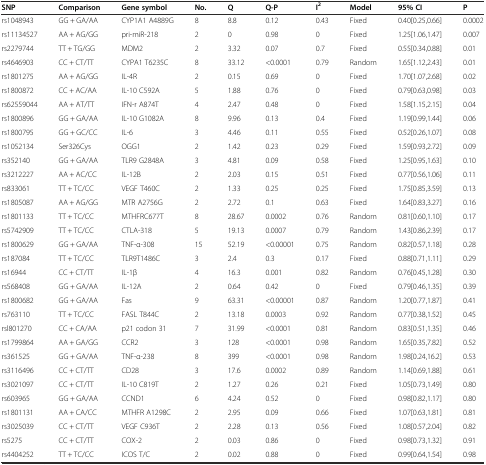
<table><thead><tr><td><b>SNP</b></td><td><b>Comparison</b></td><td><b>Gene symbol</b></td><td><b>No.</b></td><td><b>Q</b></td><td><b>Q-P</b></td><td><b>I<sup>2</sup></b></td><td><b>Model</b></td><td><b>95% CI</b></td><td><b>P</b></td></tr></thead><tbody><tr><td>rs1048943</td><td>GG + GA/AA</td><td>CYP1A1 A4889G</td><td>8</td><td>8.8</td><td>0.12</td><td>0.43</td><td>Fixed</td><td>0.40[0.25,0.66]</td><td>0.0002</td></tr><tr><td>rs11134527</td><td>AA + AG/GG</td><td>pri-miR-218</td><td>2</td><td>0</td><td>0.98</td><td>0</td><td>Fixed</td><td>1.25[1.06,1.47]</td><td>0.007</td></tr><tr><td>rs2279744</td><td>TT + TG/GG</td><td>MDM2</td><td>2</td><td>3.32</td><td>0.07</td><td>0.7</td><td>Fixed</td><td>0.55[0.34,0.88]</td><td>0.01</td></tr><tr><td>rs4646903</td><td>CC + CT/TT</td><td>CYPA1 T6235C</td><td>8</td><td>33.12</td><td>&lt;0.0001</td><td>0.79</td><td>Random</td><td>1.65[1.12,2.43]</td><td>0.01</td></tr><tr><td>rs1801275</td><td>AA + AG/GG</td><td>IL-4R</td><td>2</td><td>0.15</td><td>0.69</td><td>0</td><td>Fixed</td><td>1.70[1.07,2.68]</td><td>0.02</td></tr><tr><td>rs1800872</td><td>CC + AC/AA</td><td>IL-10 C592A</td><td>5</td><td>1.88</td><td>0.76</td><td>0</td><td>Fixed</td><td>0.79[0.63,0.98]</td><td>0.03</td></tr><tr><td>rs62559044</td><td>AA + AT/TT</td><td>IFN-r A874T</td><td>4</td><td>2.47</td><td>0.48</td><td>0</td><td>Fixed</td><td>1.58[1.15,2.15]</td><td>0.04</td></tr><tr><td>rs1800896</td><td>GG + GA/AA</td><td>IL-10 G1082A</td><td>8</td><td>9.96</td><td>0.13</td><td>0.4</td><td>Fixed</td><td>1.19[0.99,1.44]</td><td>0.06</td></tr><tr><td>rs1800795</td><td>GG + GC/CC</td><td>IL-6</td><td>3</td><td>4.46</td><td>0.11</td><td>0.55</td><td>Fixed</td><td>0.52[0.26,1.07]</td><td>0.08</td></tr><tr><td>rs1052134</td><td>Ser326Cys</td><td>OGG1</td><td>2</td><td>1.42</td><td>0.23</td><td>0.29</td><td>Fixed</td><td>1.59[0.93,2.72]</td><td>0.09</td></tr><tr><td>rs352140</td><td>GG + GA/AA</td><td>TLR9 G2848A</td><td>3</td><td>4.81</td><td>0.09</td><td>0.58</td><td>Fixed</td><td>1.25[0.95,1.63]</td><td>0.10</td></tr><tr><td>rs3212227</td><td>AA + AC/CC</td><td>IL-12B</td><td>2</td><td>2.03</td><td>0.15</td><td>0.51</td><td>Fixed</td><td>0.77[0.56,1.06]</td><td>0.11</td></tr><tr><td>rs833061</td><td>TT + TC/CC</td><td>VEGF T460C</td><td>2</td><td>1.33</td><td>0.25</td><td>0.25</td><td>Fixed</td><td>1.75[0.85,3.59]</td><td>0.13</td></tr><tr><td>rs1805087</td><td>AA + AG/GG</td><td>MTR A2756G</td><td>2</td><td>2.72</td><td>0.1</td><td>0.63</td><td>Fixed</td><td>1.64[0.83,3.27]</td><td>0.16</td></tr><tr><td>rs1801133</td><td>TT + TC/CC</td><td>MTHFRC677T</td><td>8</td><td>28.67</td><td>0.0002</td><td>0.76</td><td>Random</td><td>0.81[0.60,1.10]</td><td>0.17</td></tr><tr><td>rs5742909</td><td>TT + TC/CC</td><td>CTLA-318</td><td>5</td><td>19.13</td><td>0.0007</td><td>0.79</td><td>Random</td><td>1.43[0.86,2.39]</td><td>0.17</td></tr><tr><td>rs1800629</td><td>GG + GA/AA</td><td>TNF-α-308</td><td>15</td><td>52.19</td><td>&lt;0.00001</td><td>0.75</td><td>Random</td><td>0.82[0.57,1.18]</td><td>0.28</td></tr><tr><td>rs187084</td><td>TT + TC/CC</td><td>TLR9T1486C</td><td>3</td><td>2.4</td><td>0.3</td><td>0.17</td><td>Fixed</td><td>0.88[0.71,1.11]</td><td>0.29</td></tr><tr><td>rs16944</td><td>CC + CT/TT</td><td>IL-1β</td><td>4</td><td>16.3</td><td>0.001</td><td>0.82</td><td>Random</td><td>0.76[0.45,1.28]</td><td>0.30</td></tr><tr><td>rs568408</td><td>GG + GA/AA</td><td>IL-12A</td><td>2</td><td>0.64</td><td>0.42</td><td>0</td><td>Fixed</td><td>0.79[0.46,1.35]</td><td>0.39</td></tr><tr><td>rs1800682</td><td>GG + GA/AA</td><td>Fas</td><td>9</td><td>63.31</td><td>&lt;0.00001</td><td>0.87</td><td>Random</td><td>1.20[0.77,1.87]</td><td>0.41</td></tr><tr><td>rs763110</td><td>TT + TC/CC</td><td>FASL T844C</td><td>2</td><td>13.18</td><td>0.0003</td><td>0.92</td><td>Random</td><td>0.77[0.38,1.52]</td><td>0.45</td></tr><tr><td>rsl801270</td><td>CC + CA/AA</td><td>p21 codon 31</td><td>7</td><td>31.99</td><td>&lt;0.0001</td><td>0.81</td><td>Random</td><td>0.83[0.51,1.35]</td><td>0.46</td></tr><tr><td>rs1799864</td><td>AA + GA/GG</td><td>CCR2</td><td>3</td><td>128</td><td>&lt;0.0001</td><td>0.98</td><td>Random</td><td>1.65[0.35,7.82]</td><td>0.52</td></tr><tr><td>rs361525</td><td>GG + GA/AA</td><td>TNF-α-238</td><td>8</td><td>399</td><td>&lt;0.0001</td><td>0.98</td><td>Random</td><td>1.98[0.24,16.2]</td><td>0.53</td></tr><tr><td>rs3116496</td><td>CC + CT/TT</td><td>CD28</td><td>3</td><td>17.6</td><td>0.0002</td><td>0.89</td><td>Random</td><td>1.14[0.69,1.88]</td><td>0.61</td></tr><tr><td>rs3021097</td><td>CC + CT/TT</td><td>IL-10 C819T</td><td>2</td><td>1.27</td><td>0.26</td><td>0.21</td><td>Fixed</td><td>1.05[0.73,1.49]</td><td>0.80</td></tr><tr><td>rs603965</td><td>GG + GA/AA</td><td>CCND1</td><td>6</td><td>4.24</td><td>0.52</td><td>0</td><td>Fixed</td><td>0.98[0.82,1.17]</td><td>0.80</td></tr><tr><td>rs1801131</td><td>AA + CA/CC</td><td>MTHFR A1298C</td><td>2</td><td>2.95</td><td>0.09</td><td>0.66</td><td>Fixed</td><td>1.07[0.63,1.81]</td><td>0.81</td></tr><tr><td>rs3025039</td><td>CC + CT/TT</td><td>VEGF C936T</td><td>2</td><td>2.28</td><td>0.13</td><td>0.56</td><td>Fixed</td><td>1.08[0.57,2.04]</td><td>0.82</td></tr><tr><td>rs5275</td><td>CC + CT/TT</td><td>COX-2</td><td>2</td><td>0.03</td><td>0.86</td><td>0</td><td>Fixed</td><td>0.98[0.73,1.32]</td><td>0.91</td></tr><tr><td>rs4404252</td><td>TT + TC/CC</td><td>ICOS T/C</td><td>2</td><td>0.02</td><td>0.88</td><td>0</td><td>Fixed</td><td>0.99[0.64,1.54]</td><td>0.98</td></tr></tbody></table>